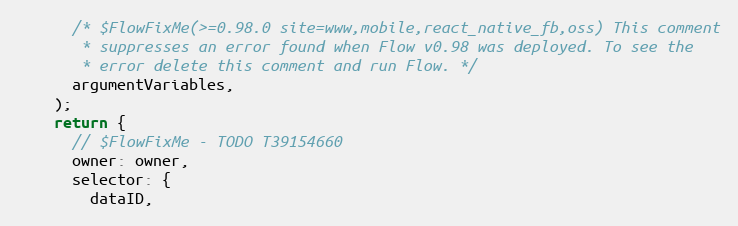
Language: JavaScript
      /* $FlowFixMe(>=0.98.0 site=www,mobile,react_native_fb,oss) This comment
       * suppresses an error found when Flow v0.98 was deployed. To see the
       * error delete this comment and run Flow. */
      argumentVariables,
    );
    return {
      // $FlowFixMe - TODO T39154660
      owner: owner,
      selector: {
        dataID,